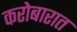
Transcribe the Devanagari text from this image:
करोबारात